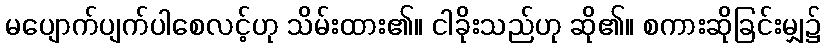
မပျောက်ပျက်ပါစေလင့်ဟု သိမ်းထား၏။ ငါခိုးသည်ဟု ဆို၏။ စကားဆိုခြင်းမျှ၌